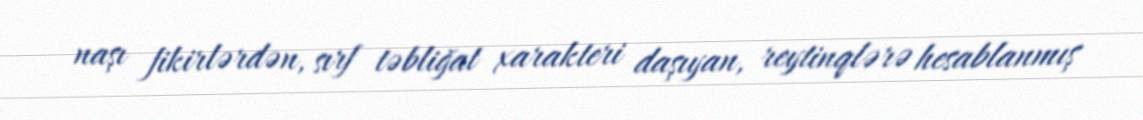
naşı fikirlərdən, sırf təbliğat xarakteri daşıyan, reytinqlərə hesablanmış